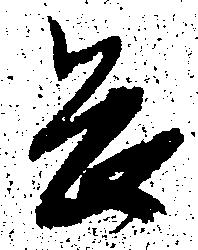
畏